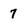
Character: 7